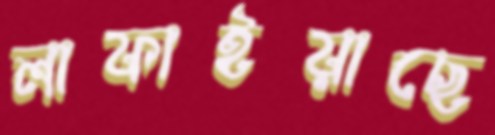
লাফাইয়াছে